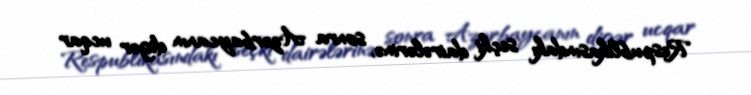
Respublikasındakı seçki dairələrinə, sonra Azərbaycanın digər ucqar